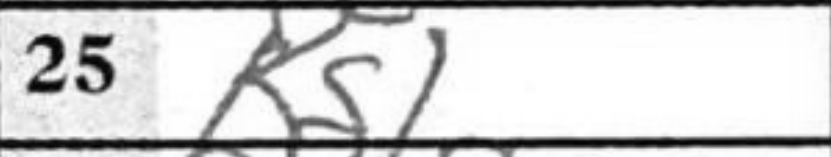
Transcription: Kg1